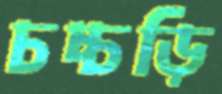
চচ্চড়ি